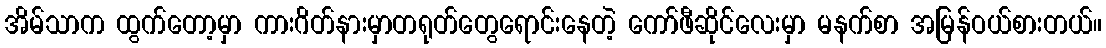
အိမ်သာက ထွက်တော့မှာ ကားဂိတ်နားမှာတရုတ်တွေရောင်းနေတဲ့ ကော်ဖီဆိုင်လေးမှာ မနက်စာ အမြန်ဝယ်စားတယ်။